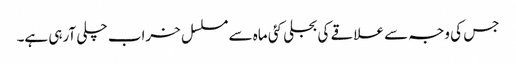
جس کی وجہ سے علاقے کی بجلی کئی ماہ سے مسلسل خراب چلی آرہی ہے۔